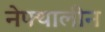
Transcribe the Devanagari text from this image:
नेफ्थालीन